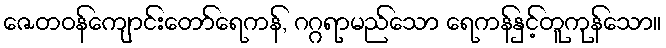
ဇေတဝန်ကျောင်းတော်ရေကန်, ဂဂ္ဂရာမည်သော ရေကန်နှင့်တူကုန်သော။